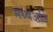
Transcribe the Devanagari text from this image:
मध्यअति